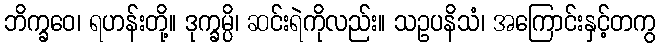
ဘိက္ခဝေ၊ ရဟန်းတို့။ ဒုက္ခမ္ပိ၊ ဆင်းရဲကိုလည်း။ သဥပနိသံ၊ အကြောင်းနှင့်တကွ